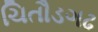
ચિતૌડગઢ